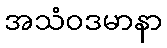
အသံဝဒမာနာ